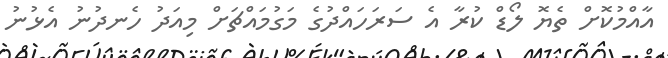
އާއްމުކޮށް ތެޔޮ ލޯޑް ކުރާ އެ ސަރަހައްދުގެ މަގުމައްޗަށް މިއަދު ހެނދުނު އެޅުނު